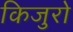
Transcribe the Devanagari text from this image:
किजुरो